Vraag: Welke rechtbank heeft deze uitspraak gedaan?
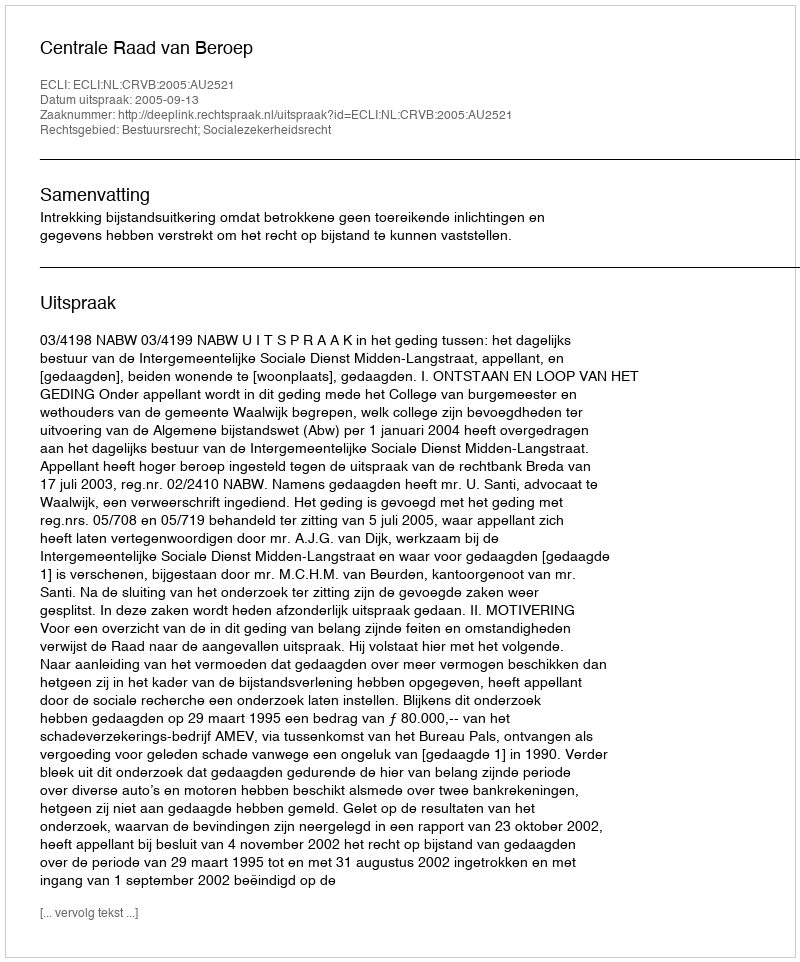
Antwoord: Centrale Raad van Beroep